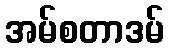
အမ်စတာဒမ်